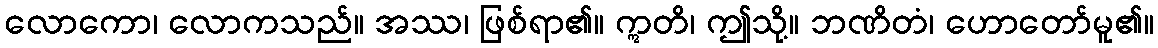
လောကော၊ လောကသည်။ အဿ၊ ဖြစ်ရာ၏။ ဣတိ၊ ဤသို့။ ဘဏိတံ၊ ဟောတော်မူ၏။